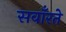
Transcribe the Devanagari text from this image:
सवाँरते